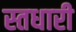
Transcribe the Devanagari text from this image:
स्तधारी